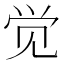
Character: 觉